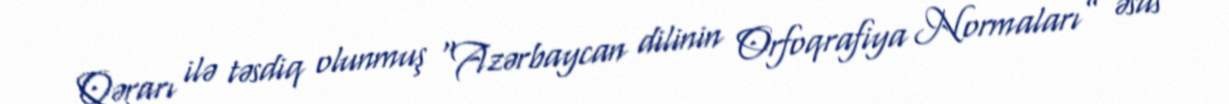
Qərarı ilə təsdiq olunmuş “Azərbaycan dilinin Orfoqrafiya Normaları” əsas